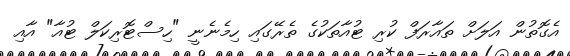
އެގޮތުން އަލަށް ތައާރަފް ކުރި ޓުއާތަކުގެ ތެރޭގައި ހިމެނެނީ "ހިސްޓޮރިކަލް ޓުއާ" އާއި